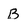
Character: B